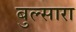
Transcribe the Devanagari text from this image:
बुल्सारा